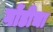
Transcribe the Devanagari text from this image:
गोंडीचा